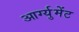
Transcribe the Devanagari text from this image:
आर्ग्युमेंट